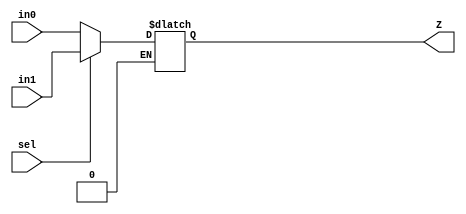
`timescale 1ns / 1ps
//////////////////////////////////////////////////////////////////////////////////
// Company: 
// Engineer: 
// 
// Design Name: 
// Module Name: Factorial_Blocks
// Project Name: 
// Target Devices: 
// Tool Versions: 
// Description: 
// 
// Dependencies: 
// 
// Revision:
// Revision 0.01 - File Created
// Additional Comments:
// 
//////////////////////////////////////////////////////////////////////////////////

//Building Blocks for factorial system

module Mux(
    input wire [31:0] in1, in0, //32 bit inputs
    input sel,                  //1 bit sel input
    output reg [31:0] Z         //32 bit output 
    );
    always@(*) begin 
        if (sel == 'b0) Z = in0;  //sel set to 0, output in0
        if (sel == 'b1) Z = in1;  //sel set to 1, output in1
    end
endmodule

module GT_CMP(
    input wire [31:0] A, B,     //32 bit inputs
    output reg GT               //1 bit output
    );
    always@(*) begin
    GT = A > B;     //A > B, result into GT
    end
endmodule

//load/pass through register
module Load_Reg(
    input wire[31:0] D,
    input wire Load_reg,
    input wire CLK,
    input wire rst, 
    output reg [31:0] Q
    );
    always@(posedge CLK, posedge rst) begin
    if(rst) Q <= 0; 
    else if(Load_reg) Q <= D;
    else Q <= Q;
    end
endmodule

//32 bit multiplier
module MUL(
    input wire [31:0] X, Y,     //32 bit input operands
    output reg [31:0] Z         //32 bit output product
    );
    always@(*) begin
    Z <= X * Y;     // multiplies X with Y, puts product in Z
    end
endmodule

//load/count down Counter
module Decrementer(
    input wire [31:0] D,
    input wire Load_count,
    input wire EN,
    input wire CLK,
    output reg [31:0] Q
    );
    reg [31:0] count;
    always@(posedge CLK) begin
    if(EN & Load_count) count <= D;
    else if(EN)
        if(count > 0)count <= count-1;
        else count <= 0;
    else count <= count;
    Q <= count;
    end
endmodule